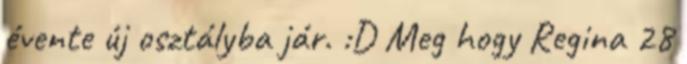
évente új osztályba jár. :D Meg hogy Regina 28